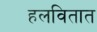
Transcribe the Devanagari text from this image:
हलवितात